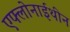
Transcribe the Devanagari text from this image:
एफ्लोनाईथीन